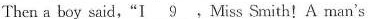
Then a boy said,"I \underline{9} .Miss Smith!A man's